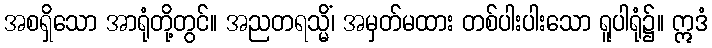
အစရှိသော အာရုံတို့တွင်။ အညတရသ္မိံ၊ အမှတ်မထား တစ်ပါးပါးသော ရူပါရုံ၌။ ဣဒံ